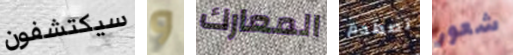
سيكتشفون و المعارك تصطدم شعور